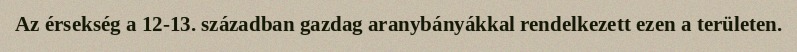
Az érsekség a 12-13. században gazdag aranybányákkal rendelkezett ezen a területen.